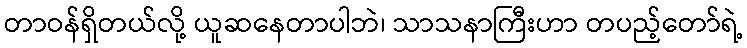
တာဝန်ရှိတယ်လို့ ယူဆနေတာပါဘဲ၊ သာသနာကြီးဟာ တပည့်တော်ရဲ့